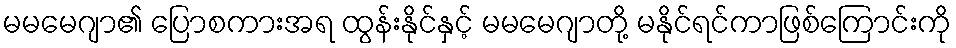
မမမေဂျာ၏ ပြောစကားအရ ထွန်းနိုင်နှင့် မမမေဂျာတို့ မနိုင်ရင်ကာဖြစ်ကြောင်းကို